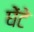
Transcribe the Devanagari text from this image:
घेंटे